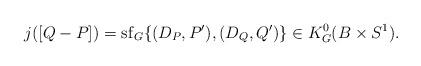
LaTeX: \begin{align*}j([Q-P])=\mathrm{sf}_G\{(D_P,P'), (D_Q, Q')\}\in K_G^0( B\times S^1).\end{align*}